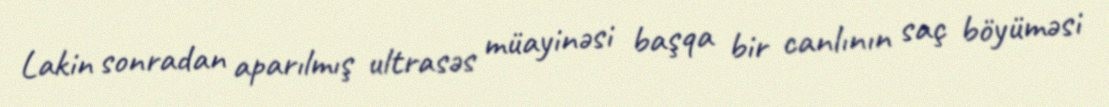
Lakin sonradan aparılmış ultrasəs müayinəsi başqa bir canlının saç böyüməsi